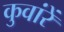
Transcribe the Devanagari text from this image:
कुवांरें